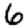
Digit: 6